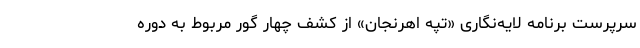
سرپرست برنامه لایه‌نگاری «تپه اهرنجان» از کشف چهار گور مربوط به دوره